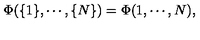
\Phi ( \{ 1 \} , \cdots , \{ N \} ) = \Phi ( 1 , \cdots , N ) ,